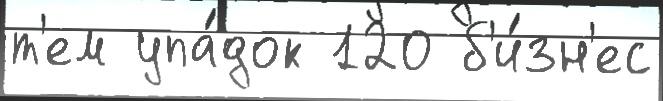
т'ем упа́док 120 б'и́зн'ес